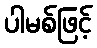
ပါမစ်ဖြင့်